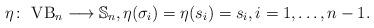
LaTeX: \begin{gather*} \eta\colon \ {\rm VB}_n \longrightarrow {\mathbb S}_n, \eta(\sigma_i)=\eta(s_i)=s_i,i= 1, \ldots,n-1.\end{gather*}